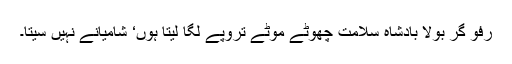
رفو گر بولا بادشاہ سلامت چھوٹے موٹے تروپے لگا لیتا ہوں‘ شامیانے نہیں سیتا۔